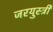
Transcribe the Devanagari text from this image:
जरयुस्त्री